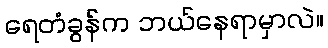
ရေတံခွန်က ဘယ်နေရာမှာလဲ။